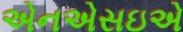
એનએસઇએ